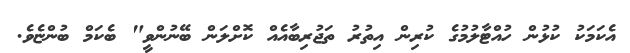
އެކަމަކު ކުޅުން ހުއްޓާލުމުގެ ކުރިން އިތުރު ތަޖުރިބާއެއް ކޮށްލަން ބޭނުންވީ" ބެކަމް ބުންޏެވެ.